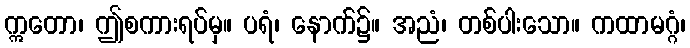
ဣတော၊ ဤစကားရပ်မှ။ ပရံ၊ နောက်၌။ အညံ၊ တစ်ပါးသော။ ကထာမဂ္ဂံ၊